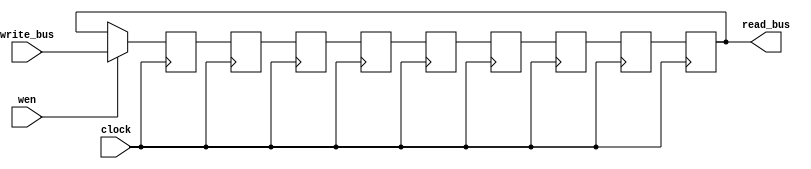
/*H**********************************************************************
* DESCRIPTION :       9 Reg Serial In Serial Out with rotate unit
*
*
* CHANGES :
*
*H***********************************************************************/

// Serial in serial out shift register
module sr_siso9( clock, wen, write_bus, read_bus );

// synopsys template
parameter BUS_WIDTH = 16;

input  wire                    clock;
input  wire                    wen;
input  wire [BUS_WIDTH - 1: 0] write_bus;
output wire [BUS_WIDTH - 1: 0] read_bus;

// Manually craft the registers as 9 is not a pow of 2
reg  [BUS_WIDTH - 1 : 0] reg0, reg1, reg2, reg3, reg4, reg5, reg6, reg7, reg8;

always@(posedge clock) begin //{
   reg0 <= wen ? write_bus : reg8;
   reg1 <= reg0;
   reg2 <= reg1;
   reg3 <= reg2;
   reg4 <= reg3;
   reg5 <= reg4;
   reg6 <= reg5;
   reg7 <= reg6;
   reg8 <= reg7;
end //}

assign read_bus = reg8;

endmodule